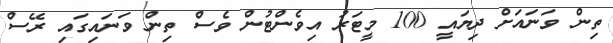
ތިން ވަނައަށް ދިޔައީ 100 މީޓަރު އިވެންޓުން ވެސް ތިން ވަނައިގައި ރޭސް